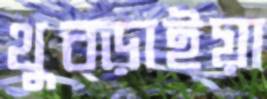
থুব্‌ড়াইয়া